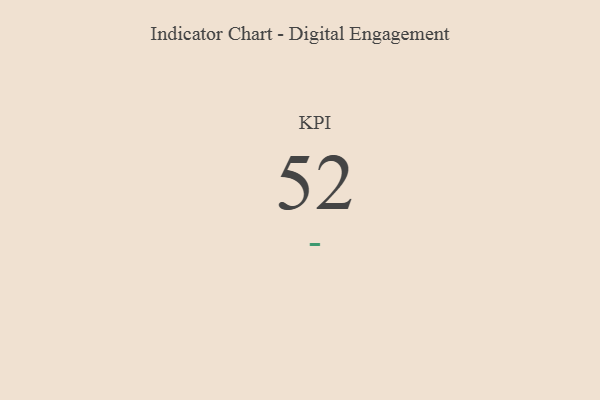
{"axis": {"x": "KPI", "y": "Value"}, "legend": [""], "data": [{"x": "KPI", "y": 52, "type": ""}]}